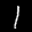
Label: 1